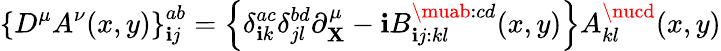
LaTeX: \left\{ D^{\mu}A^{\nu}(x,y)\right\} _{\mathbf{i}j}^{ab}=\left\{ \delta_{\mathbf{i}k}^{ac}\delta_{jl}^{bd}\partial_{\mathbf{X}}^{\mu}-\mathbf{i}B_{\mathbf{i}j:kl}^{\muab:cd}(x,y)\right\} A_{kl}^{\nucd}(x,y)